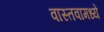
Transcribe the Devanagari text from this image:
वास्तवामध्ये